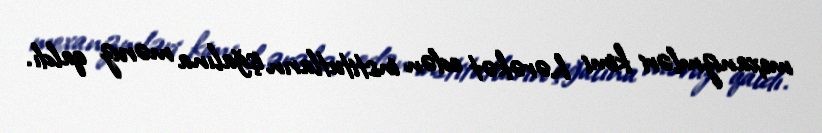
mexanizmləri kimi hərəkət edən institutların işğalına məruz qaldı.